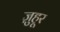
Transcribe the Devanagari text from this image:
ज़ुहूर